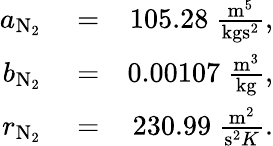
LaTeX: \begin{array}{rlr}{a_{\mathrm{N}_{2}}}&{{}=}&{105.28~\frac{\mathrm{m}^{5}}{\mathrm{kg}\mathrm{s}^{2}},}\\ {b_{\mathrm{N}_{2}}}&{{}=}&{0.00107~\frac{\mathrm{m}^{3}}{\mathrm{kg}},}\\ {r_{\mathrm{N}_{2}}}&{{}=}&{230.99~\frac{\mathrm{m}^{2}}{\mathrm{s}^{2}K}.}\end{array}